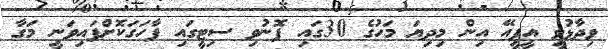
ވިދާޅުވީ އީޕީއޭ އިން މިދިޔަ މަހުގެ 30ގައި ފޮނުވި ސިޓީގައި ފާހަގަކޮށްފައިވަނީ މަގާ